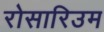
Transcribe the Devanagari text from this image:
रोसारिउम